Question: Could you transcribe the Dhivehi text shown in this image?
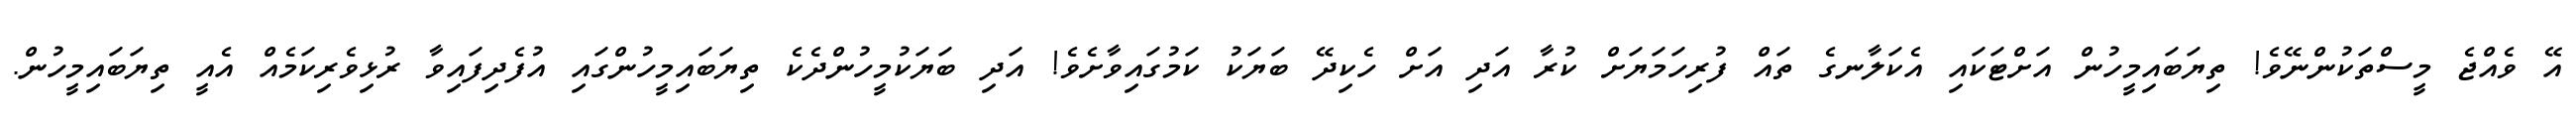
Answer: އޭ ވެއްޖެ މީސްތަކުންނޭވެ! ތިޔަބައިމީހުން އަށްޓަކައި އެކަލާނގެ ތައް ފުރިހަމަޔަށް ކުރާ އަދި އަށް ހެކިދޭ ބަޔަކު ކަމުގައިވާށެވެ! އަދި ބަޔަކުމީހުންދެކެ ތިޔަބައިމީހުންގައި އުފެދިފައިވާ ރުޅިވެރިކަމެއް އެއީ ތިޔަބައިމީހުން.